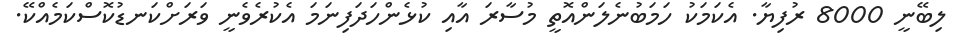
ލިބޭނީ 8000 ރުފިޔާ. އެކަމަކު ހަމަބުނެލަންއޮތީ މުސާރަ އާއި ކުޅެންހަދަފިނަމަ އެކުރެވެނީ ވަރަށްކަނޑުކޮސްކަމެއްކޭ.